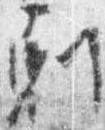
剋